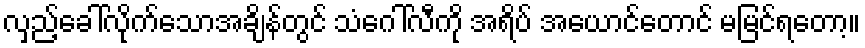
လှည့်ခေါ်လိုက်သောအချိန်တွင် သံဂေါ်လီကို အရိပ် အယောင်တောင် မမြင်ရတော့။